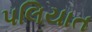
પલિયાત